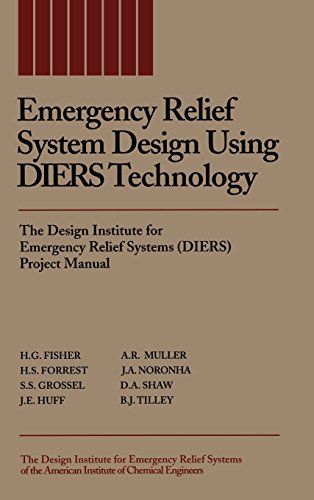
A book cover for Emergency Relief System Design Using DIERS Technology: The Design Institute for Emergency Relief Systems (DIERS) Project Manual; H. G. Fisher; Science & Math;